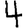
Digit: 4